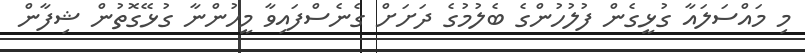
މި މައްސަލައާ ގުޅީގެން ފުލުހުންގެ ބެލުމުގެ ދަށަށް ގެނެސްފައިވާ މީހުންނާ ގުޅޭގޮތުން ޝިފާން